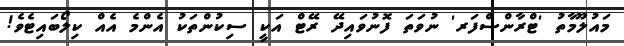
މައުލޫމާތު 'ޓްރާންސްފަރ' ނުވަތަ ފޮނުވައިދޭ ރޭޓް އަކީ ސިކުންތަކު އެންމެ އެއް ކިލޯބައިޓެވެ!